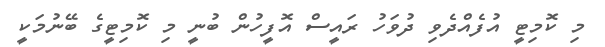
މި ކޮމިޓީ އުފެއްދެވި ދުވަހު ރައީސް އޮފީހުން ބުނީ މި ކޮމިޓީގެ ބޭނުމަކީ